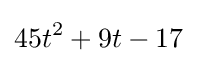
45t^{2}+9t-17